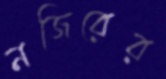
নজিরের